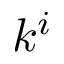
k ^ { i }